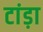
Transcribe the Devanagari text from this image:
टांड़ा